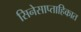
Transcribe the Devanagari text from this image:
सिनेसाप्ताहिकात